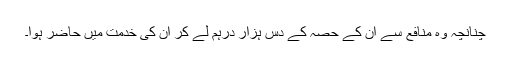
چنانچہ وہ منافع سے ان کے حصہ کے دس ہزار درہم لے کر ان کی خدمت میں حاضر ہوا۔